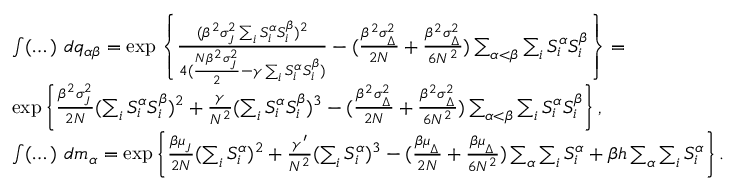
\begin{array} { r l } & { \int ( \dots ) \ d q _ { \alpha \beta } = \exp \left\{ \frac { ( \beta ^ { 2 } \sigma _ { _ { J } } ^ { 2 } \sum _ { i } S _ { i } ^ { \alpha } S _ { i } ^ { \beta } ) ^ { 2 } } { 4 ( \frac { N \beta ^ { 2 } \sigma _ { _ { J } } ^ { 2 } } { 2 } - \gamma \sum _ { i } S _ { i } ^ { \alpha } S _ { i } ^ { \beta } ) } - ( \frac { \beta ^ { 2 } \sigma _ { _ { \Delta } } ^ { 2 } } { 2 N } + \frac { \beta ^ { 2 } \sigma _ { _ { \Delta } } ^ { 2 } } { 6 N ^ { 2 } } ) \sum _ { \alpha < \beta } \sum _ { i } S _ { i } ^ { \alpha } S _ { i } ^ { \beta } \right\} = } \\ & { \exp \left\{ \frac { \beta ^ { 2 } \sigma _ { _ { J } } ^ { 2 } } { 2 N } ( \sum _ { i } S _ { i } ^ { \alpha } S _ { i } ^ { \beta } ) ^ { 2 } + \frac { \gamma } { N ^ { 2 } } ( \sum _ { i } S _ { i } ^ { \alpha } S _ { i } ^ { \beta } ) ^ { 3 } - ( \frac { \beta ^ { 2 } \sigma _ { _ { \Delta } } ^ { 2 } } { 2 N } + \frac { \beta ^ { 2 } \sigma _ { _ { \Delta } } ^ { 2 } } { 6 N ^ { 2 } } ) \sum _ { \alpha < \beta } \sum _ { i } S _ { i } ^ { \alpha } S _ { i } ^ { \beta } \right\} , } \\ & { \int ( \dots ) \ d m _ { \alpha } = \exp \left\{ \frac { \beta \mu _ { _ { J } } } { 2 N } ( \sum _ { i } S _ { i } ^ { \alpha } ) ^ { 2 } + \frac { \gamma ^ { \prime } } { N ^ { 2 } } ( \sum _ { i } S _ { i } ^ { \alpha } ) ^ { 3 } - ( \frac { \beta \mu _ { _ { \Delta } } } { 2 N } + \frac { \beta \mu _ { _ { \Delta } } } { 6 N ^ { 2 } } ) \sum _ { \alpha } \sum _ { i } S _ { i } ^ { \alpha } + \beta h \sum _ { \alpha } \sum _ { i } S _ { i } ^ { \alpha } \right\} . } \end{array}